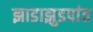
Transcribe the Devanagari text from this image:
झाडाझुडपांत